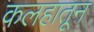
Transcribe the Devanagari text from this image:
कलहातून